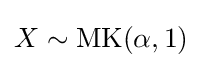
X\sim {\textrm {MK}}(\alpha ,1)